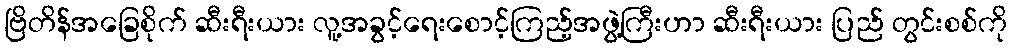
ဗြိတိန်အခြေစိုက် ဆီးရီးယား လူ့အခွင့်ရေးစောင့်ကြည့်အဖွဲ့ကြီးဟာ ဆီးရီးယား ပြည် တွင်းစစ်ကို